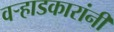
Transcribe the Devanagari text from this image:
वऱ्हाडकारांनी